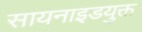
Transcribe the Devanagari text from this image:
सायनाइडयुक्त